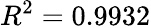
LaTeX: R^{2}=0.9932